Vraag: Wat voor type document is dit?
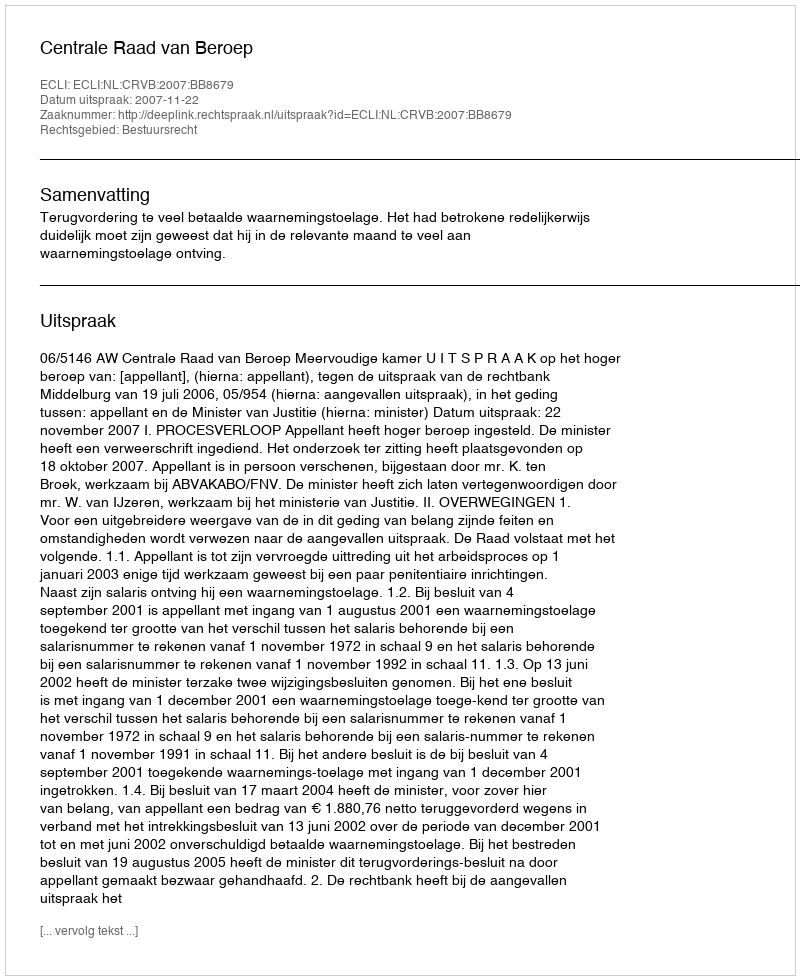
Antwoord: Uitspraak